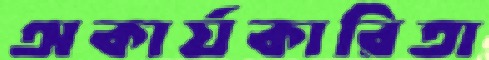
অকার্যকারিতা